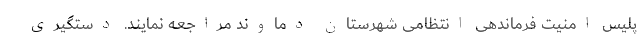
پلیس امنیت فرماندهی انتظامی شهرستان دماوند مراجعه نمایند. دستگیری